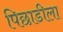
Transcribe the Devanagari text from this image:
पिछाडीला